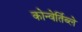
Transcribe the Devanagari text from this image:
कोन्वेर्तिब्ले